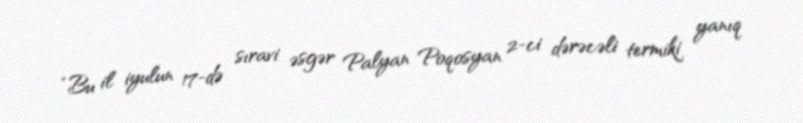
“Bu il iyulun 17-də sıravi əsgər Palyan Poqosyan 2-ci dərəcəli termiki yanıq